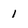
Character: 1